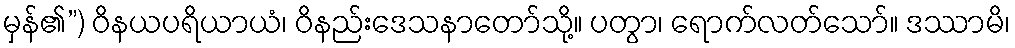
မှန်၏”) ဝိနယပရိယာယံ၊ ဝိနည်းဒေသနာတော်သို့။ ပတွာ၊ ရောက်လတ်သော်။ ဒဿာမိ၊